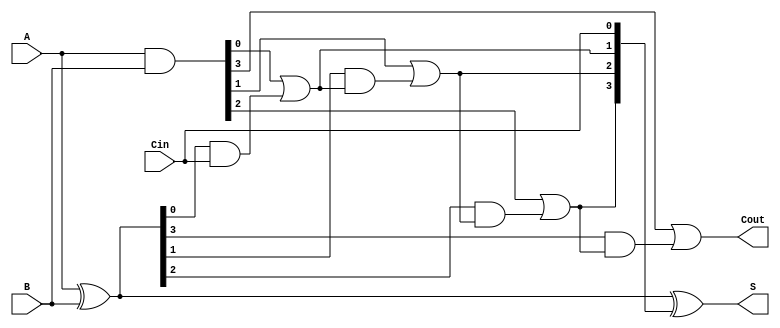
module RCLA #(parameter N = 4) (
    input [N-1:0] A,      // N-bit input A
    input [N-1:0] B,      // N-bit input B
    input Cin,            // Carry input
    output [N-1:0] S,     // N-bit sum output
    output Cout           // Carry output
);

    // Generate and Propagate signals
    wire [N-1:0] G; // Generate
    wire [N-1:0] P; // Propagate
    wire [N:0] C;   // Carry

    // Generate and Propagate Logic
    assign G = A & B;         // G[i] = A[i] & B[i]
    assign P = A ^ B;         // P[i] = A[i] ^ B[i]

    // Carry Generation Logic
    assign C[0] = Cin;        // Initial carry input
    genvar i;
    generate
        for (i = 0; i < N; i = i + 1) begin: carry_gen
            if (i == 0) begin
                assign C[i + 1] = G[i] | (P[i] & C[i]);
            end else begin
                assign C[i + 1] = G[i] | (P[i] & C[i]);
            end
        end
    endgenerate    

    // Sum Calculation
    assign S = P ^ C[N-1:0];   // S[i] = P[i] ^ C[i]

    // Final Carry Output
    assign Cout = C[N];        // Overall carry output

endmodule